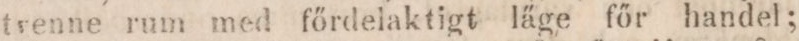
tvenne rum med főrdelaktigt läge för handel;